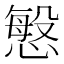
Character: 𭞠